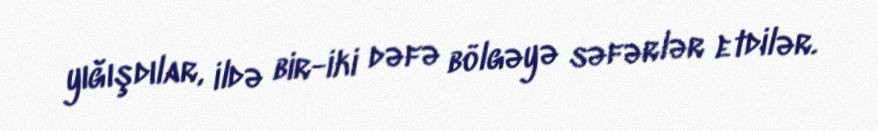
yığışdılar, ildə bir-iki dəfə bölgəyə səfərlər etdilər.